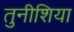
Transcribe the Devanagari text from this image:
तुनीशिया